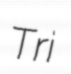
Tri